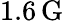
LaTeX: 1.6\, \mathrm{G}